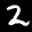
Label: 2